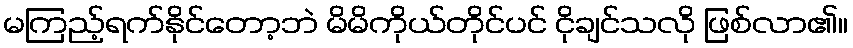
မကြည့်ရက်နိုင်တော့ဘဲ မိမိကိုယ်တိုင်ပင် ငိုချင်သလို ဖြစ်လာ၏။